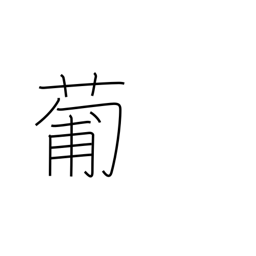
Meaning: Portugal